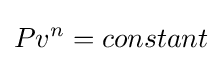
Pv^{n}=constant